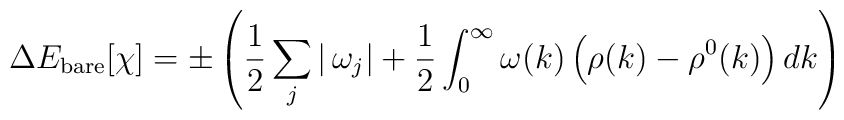
\Delta E_{\rm bare}[\chi] = \pm\left(\frac{1}{2}\sum_j |\,\omega_j| +\frac{1}{2} \int_0^\infty \omega(k) \left(\rho(k)-\rho^0(k)\right) dk \right)